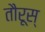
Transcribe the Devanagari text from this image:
तौरूस्